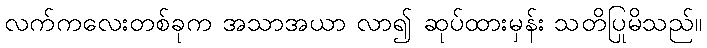
လက်ကလေးတစ်ခုက အသာအယာ လာ၍ ဆုပ်ထားမှန်း သတိပြုမိသည်။